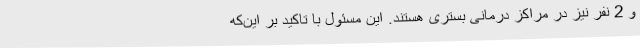
و 2 نفر نیز در مراکز درمانی بستری هستند. این مسئول با تاکید بر این‌که